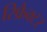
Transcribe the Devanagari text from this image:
रिफ्रैक्टर